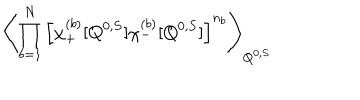
LaTeX: \left\langle \prod _ { b = 1 } ^ { N } \left[ \chi _ { + } ^ { ( b ) } [ Q ^ { 0 , S } ] \chi _ { - } ^ { ( b ) } [ Q ^ { 0 , S } ] \right] ^ { n _ { b } } \right\rangle _ { Q ^ { 0 , S } } \;